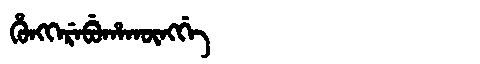
Manchu: ᡥᡠᠩᡴᡝᡵᡝᠪᡠᡥᠠᡴᡡᠩᡤᡝ
Romanization: HUNGKEREBUHAKŪNGGE